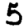
Digit: 5